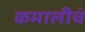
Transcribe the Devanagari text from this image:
कमालीचं